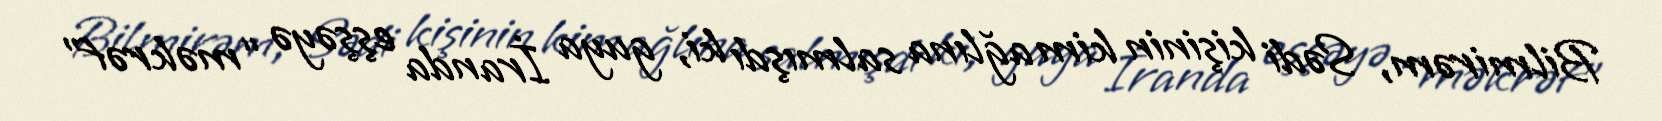
Bilmirəm, Sədi kişinin kim ağlına salmışdı ki, guya İranda eşşəyə “məkrəf”